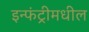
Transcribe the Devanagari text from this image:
इन्फंट्रीमधील